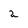
Character: 2